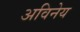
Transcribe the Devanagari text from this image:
अविनेय